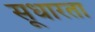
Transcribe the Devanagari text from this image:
सूधारता